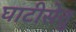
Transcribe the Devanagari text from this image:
घाटीसेतु